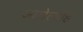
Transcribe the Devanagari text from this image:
आलेल्याह